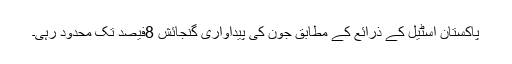
پاکستان اسٹیل کے ذرائع کے مطابق جون کی پیداواری گنجائش 8فیصد تک محدود رہی۔